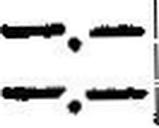
—.—